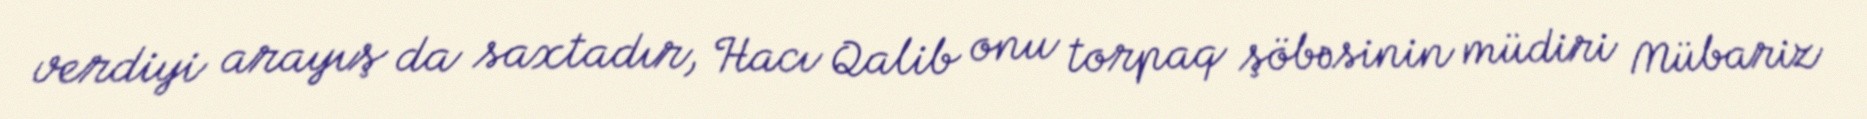
verdiyi arayış da saxtadır, Hacı Qalib onu torpaq şöbəsinin müdiri Mübariz